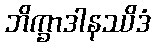
ဘိက္ခာဒါနဿိဒံ